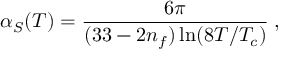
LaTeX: \alpha _ { S } ( T ) = \frac { 6 \pi } { ( 3 3 - 2 n _ { f } ) \ln ( 8 T / T _ { c } ) } \; ,